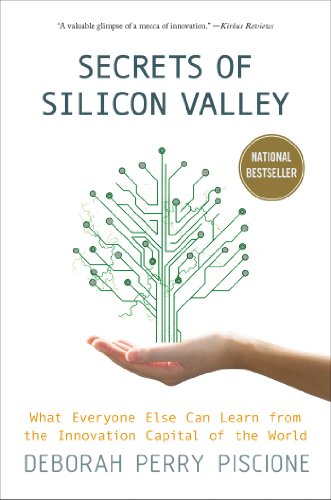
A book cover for Secrets of Silicon Valley: What Everyone Else Can Learn from the Innovation Capital of the World; Deborah Perry Piscione; Business & Money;